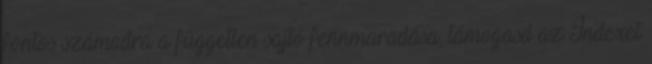
fontos számodra a független sajtó fennmaradása, támogasd az Indexet